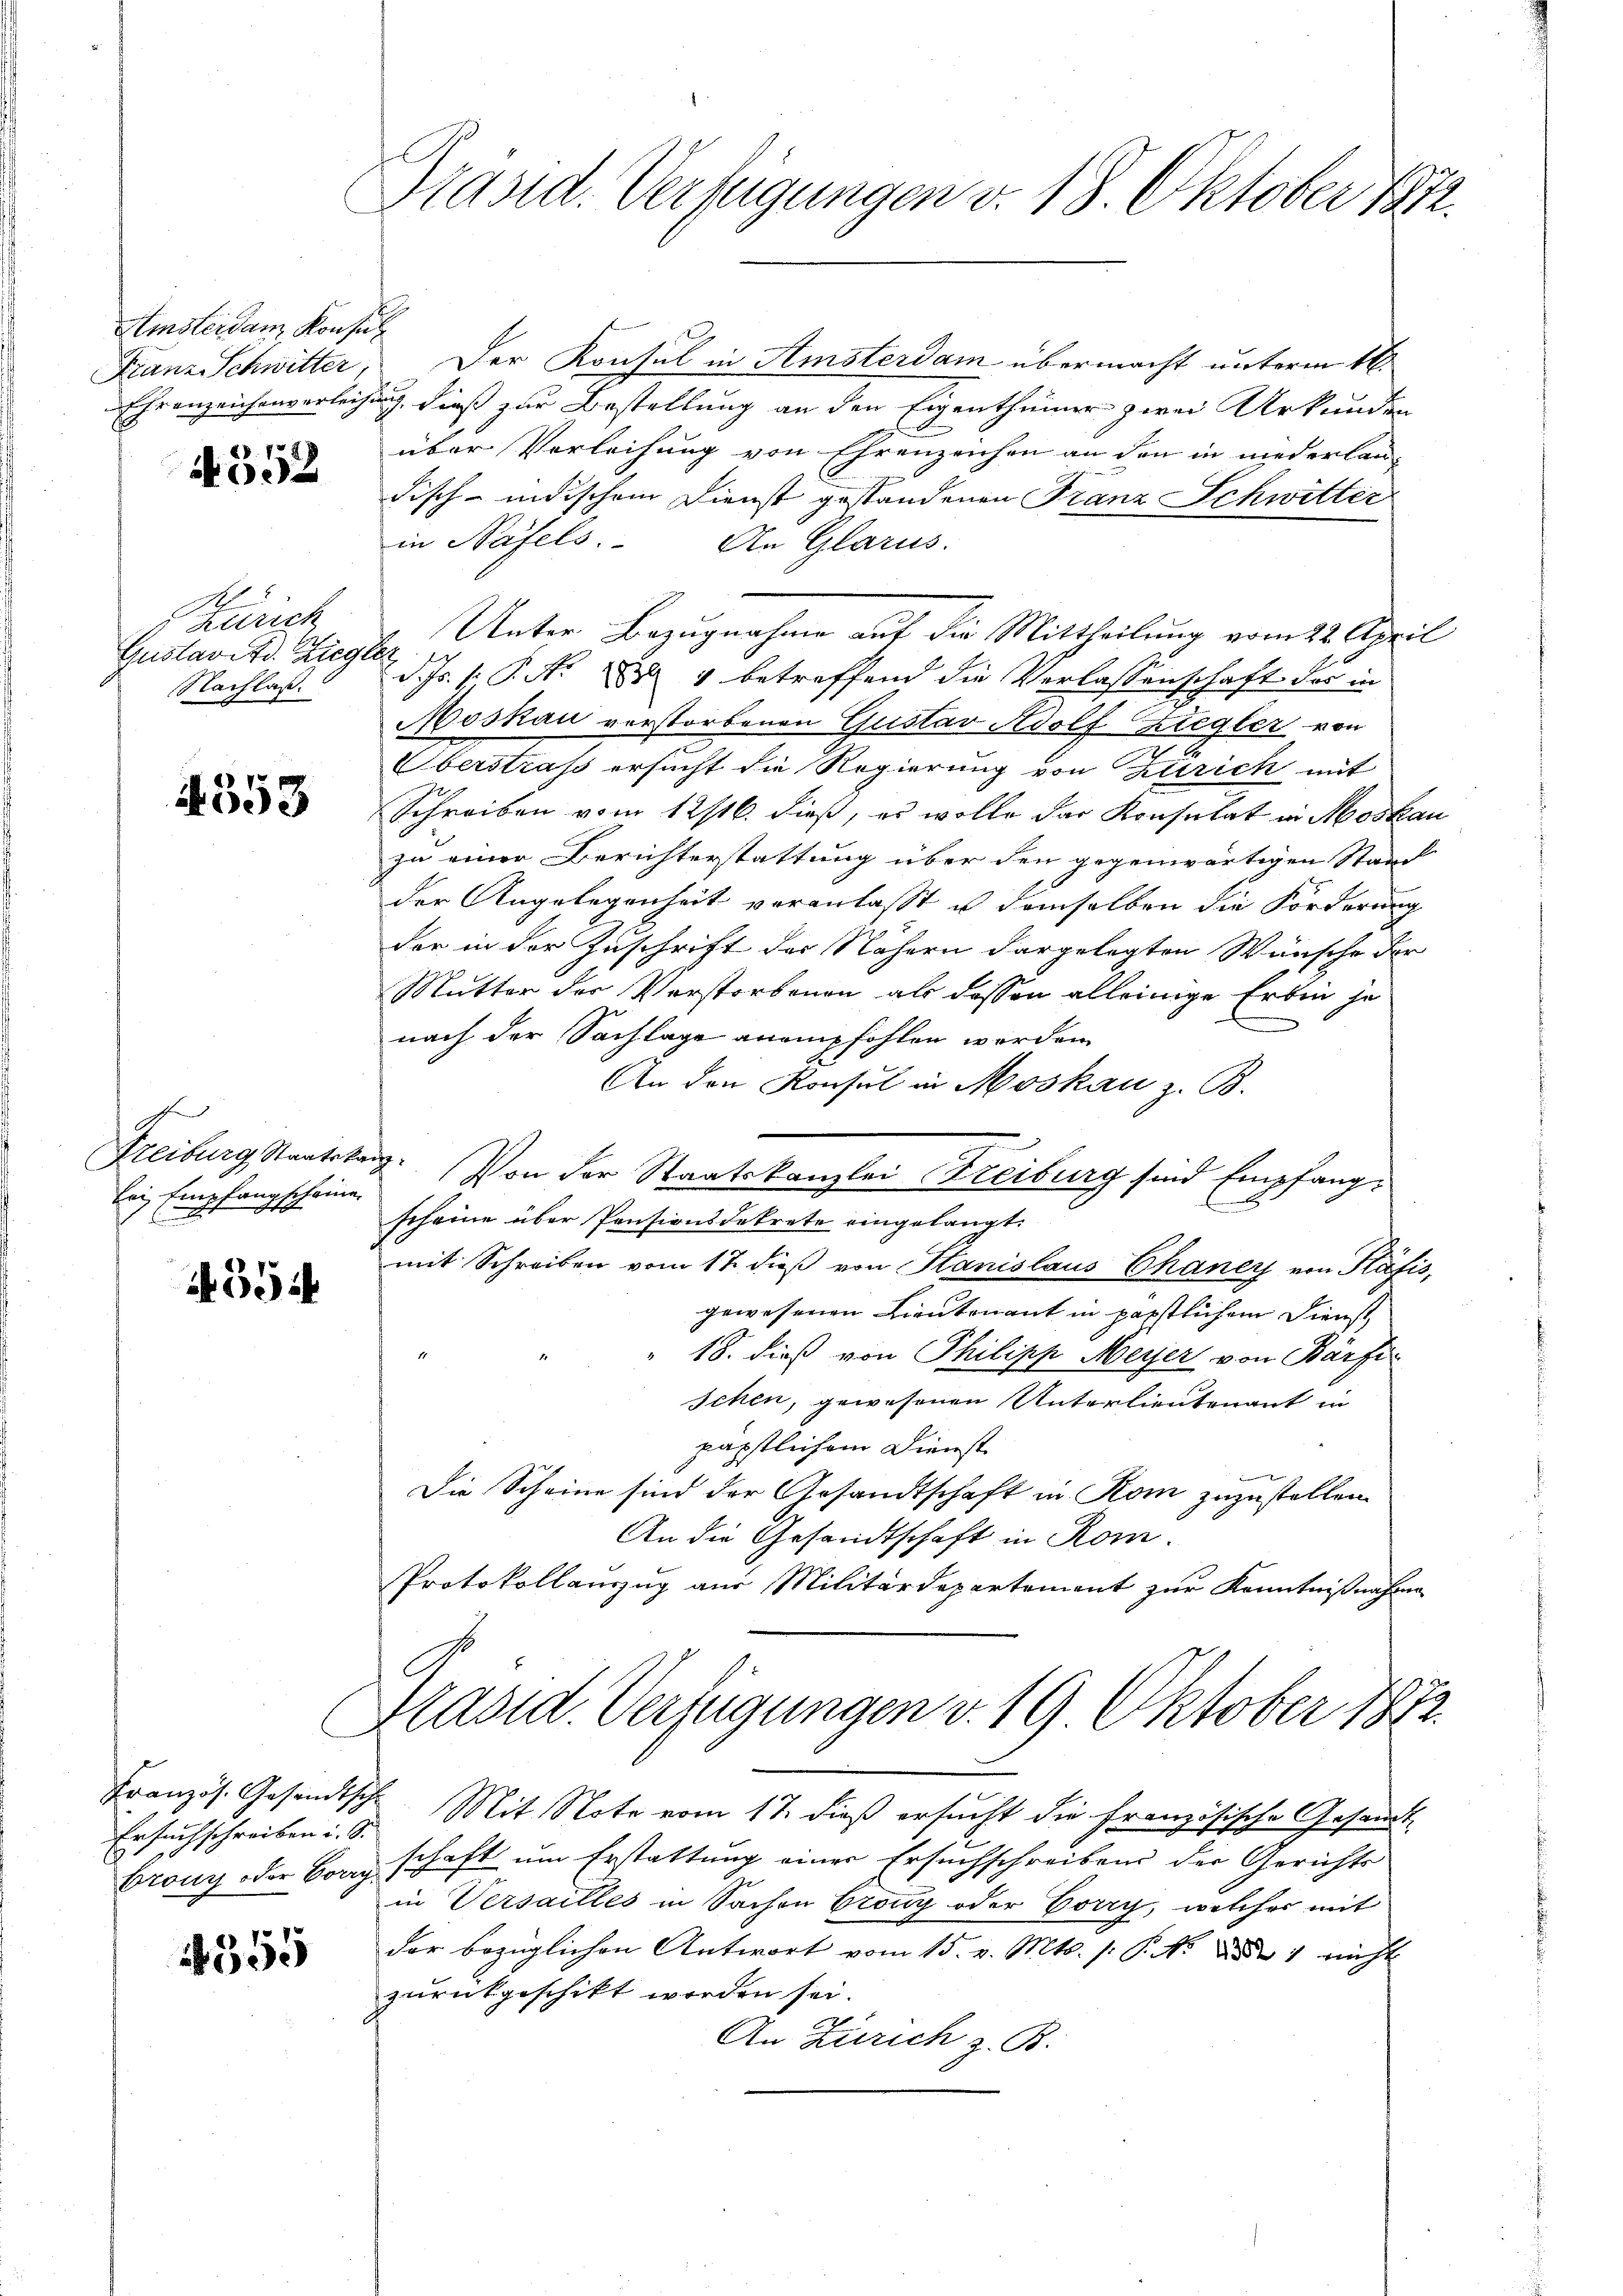
Amsterdan Konsul
Franz-Schwitter,

N 552

Zürich
Gustavitd. Ziegler
NNachlaß.

353

d
Freiburg Staatska
bei Empfangscheine.

594

Französ. Gesandtsch
Ersuchschreiben i. S.
bronz oder Vorg

1355

Präsid. Verfügungen v. 18. Oktober 1872.

Der Konsul in Amsterdam übermacht unterm 16.
Ehranzeichenverleihung, dieß zur Bestellung an den Eigenthümer zwei Urkunden
über Verleihung von Ehrenzeichen an den in niederlan-
disch-indischem Dienst gestandenen Franz Schwitter
in Näfels. An Glarus.
Unter Bezugnahme auf die Mittheilung vom 22. April
d. Js. v. P. N. 284 betreffend die Verlassenschaft des in
Moskau verstorbenen Gustav Adolf Ziegler von
Oberstrass ersucht die Regierung von Zürich mit
Schreiben vom 12/16. dieß, es wolle der Konsulat in Moskau
zu einer Berichterstattung über den gegenwärtigen Stand
der Angelegenheit veranlaßt u demselben die Förderung
der in der Zuschrift der Nähern dargelegten Wünsche der
Mutter der Verstorbenen als dessen alleinige Erben je
nach der Sachlage anempfohlen worden
An den Konsul in Moskau z. B.
d. Von der Staatskanzlei Freiburg sind Empfangscheine über Pensionsbetrete eingelangt.
mit Schreiben vom 17. dieß von Hanislaus Chaney von Páfis,
gewesenen Lieutenant in päpstlichem Dienst
18. dieß von Philipp Meyer von Bärfer
schen, gewesenen Unterlieutenant in
päpstlichem Dienst
Die Scheine sind der Gesandtschaft in Rom zuzustellen.
An die Gesandtschaft in Rom.
Protokollanzug aus Militärdepartement zur Kenntnißnahme
Präsid. Verfügungen v. 19 Oktober 1872
Mit Note vom 17. dieß ersucht die französische Gesandt-
schaft um Erstattung einer Ersuchschreibens der Gerichts
in Versailles in Sachen Crony oder Gorry, welches mit
der bezüglichen Antwort vom 15. v. Mts. (: P. N. ad 1 nicht
zurückgeschikt worden sei.
2
An Zürich z. B.